Indian journal of veterinary science and animal husbandry - Volume 10,
Year: 1940
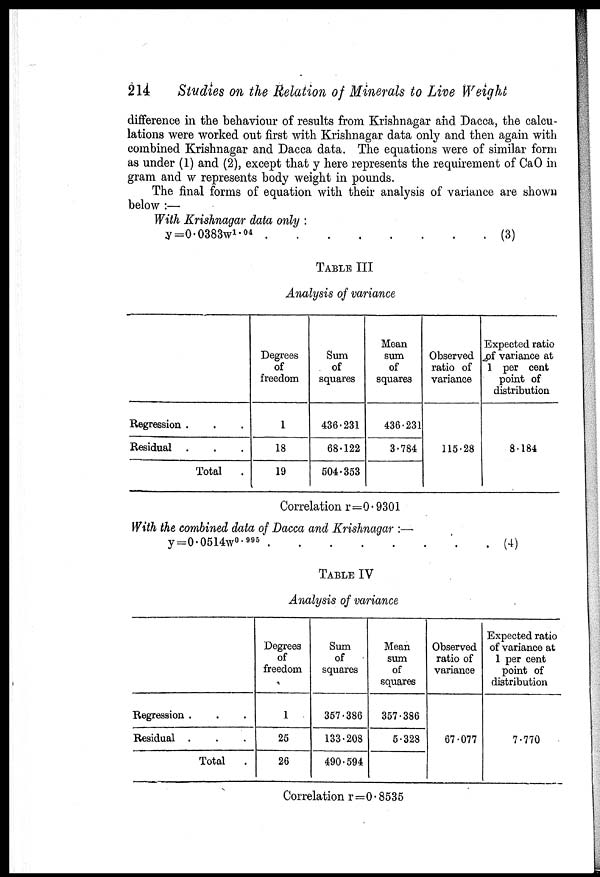
214
Studies on the Relation of Minerals to Live Weight
difference in the behaviour of results from Krishnagar and Dacca, the calcu-
lations were worked out first with Krishnagar data only and then again with
combined Krishnagar and Dacca data. The equations were of similar form
as under (1) and (2), except that y here represents the requirement of CaO in
gram and w represents body weight in pounds.
The final forms of equation with their analysis of variance are shown
below :—
With Krishnagar data only :
y=0.0383w 1.04
(3)
TABLE III
Analysis of variance
Regression . . .
Residual . . .
Total
.
Degrees
of
freedom
1
18
19
Sum
of
squares
436.231
68.122
504.353
Mean
sum
of
squares
436.231
3.784
Observed
ratio of
variance
115.28
Expected ratio
of variance at
1 per cent
point of
distribution
8.184
Correlation r=0.9301
With the combined data of Dacca and Krishnagar :—
y=0.0514w 0.995
(4)
TABLE IV
Analysis of variance
Regression . . .
Residual . . .
Total .
Degrees
of
freedom
1
25
26
Sum
of
squares
357.386
133.208
490.594
Mean
sum
of
squares
357.386
5.328
Observed
ratio of
variance
67.077
Expected ratio
of variance at
1 per cent
point of
distribution
7.770
Correlation r=0.8535